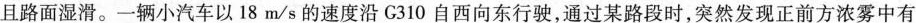
且路面湿滑。一辆小汽车以18m/s的速度沿G310自西向东行驶，通过某路段时，突然发现正前方浓雾中